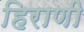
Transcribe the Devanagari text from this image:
हिराणी